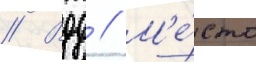
// Вдд // М'е́сто